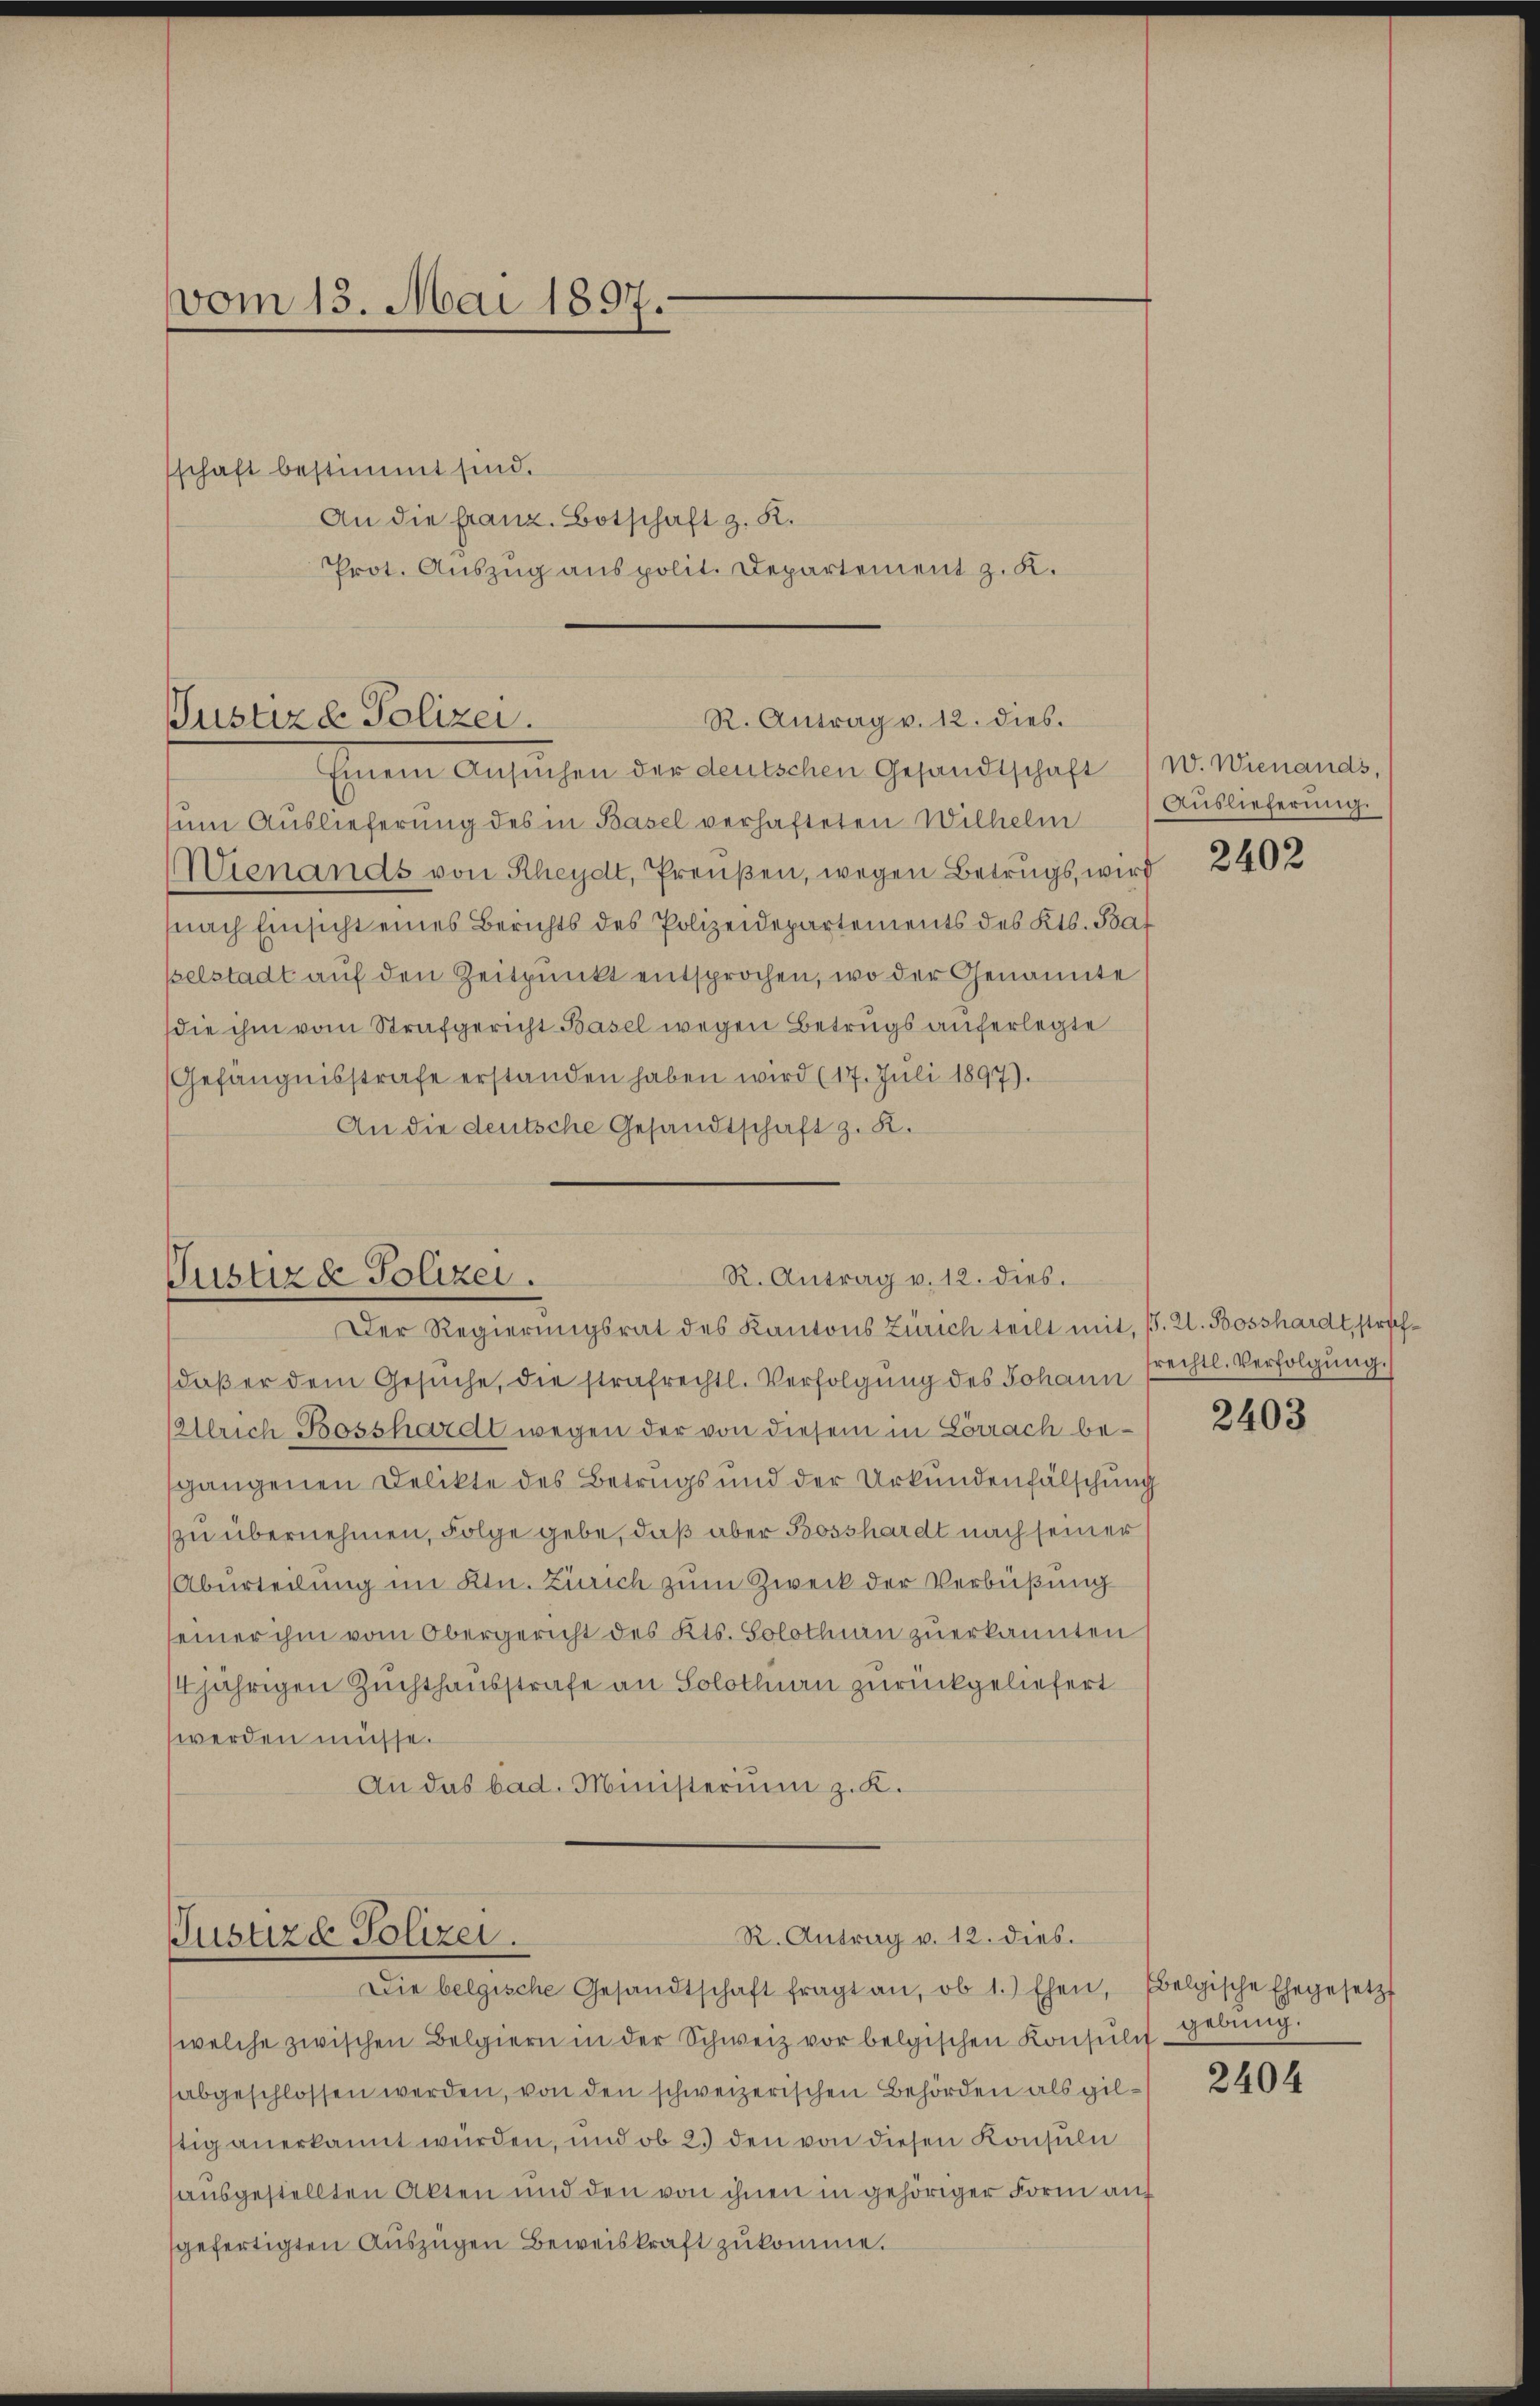
vom 13. Mai 1897.

schaft bestimmt sind.
An die franz. Botschaft z. K.
Prot. Auszug aus polit. Departement z. K.

R. Antrag v. 12. dies.
Justizd Polizei.
Einem Ansuchen der deutschen Gesandtschaft

um Auslieferung des in Basel verhafteten Wilhelm
ienands von Rheydt, Preußen, wegen Betrugs, wird
nach Einsicht eines Berichts des Polizeidepartements des Kts. Baf
selstadt auf den Zeitpunkt entsprochen, wo der Genannte
die ihm vom Strafgericht Basel wegen Betrugs auferlegte
Gefängnisstrafe erstanden haben wird (17. Juli 1897).
An die deutsche Gesandtschaft z. R.

R. Antrag v. 12. dies.
Justiz & Polizei.
Der Regierungsrat des Kantons Zürich teilt mit, s. Zl. Bosshardt, straf¬

daβ er dem Gesŭche, die strafrechtl. Verfolgŭng des Johann frechtl. Verfolgung.
Ulrich Bosshardt wegen der von diesem in Lörrach begangenen Delikte des Betrugs und der Urkundenfälschung
zu übernehmen, Folge gebe, daß aber Bosshardt nach seiner
Aburteilung im Ktn. Zürich zum Zweck der Verbüßung
seiner ihm vom Obergericht des Kts. Solothurn zuerkannten s
4jährigen Zuchthausstrafe an Solothurn zurückgeliefert
werden müsse.
An das bad. Ministerium z. K.

R. Antrag v. 12. dies
Justizd Polizei.

Die belgische Gesandtschaft fragt an, ob 1.) Ehen, Belgische Ehegesetzt

W. Wienands,
Auslieferung.
2402

welche zwischen Belgiern in der Schweiz vor belgischen Konsŭlis-gebung.
abgeschlossen werden, von den schweizerischen Behörden als gilstig anerkannt würden, und ob 2.) den von diesen Konsuln
ausgestellten Akten und den von ihnen in gehöriger Form auf
sgefertigten Auszügen Beweiskraft zukomme.

2403

2404